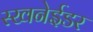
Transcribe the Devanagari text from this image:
स्खनेईडर